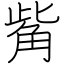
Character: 觜